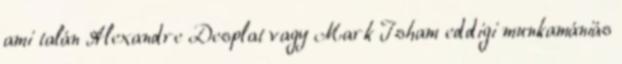
ami talán Alexandre Desplat vagy Mark Isham eddigi munkamániás